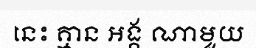
នេះ គ្មាន អង្គ ណាមួយ